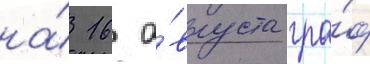
на́ 16 а́вгуста гра́ф